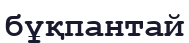
бұқпантай